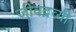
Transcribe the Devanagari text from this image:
जीवद्रव्यी